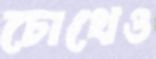
চোখেও